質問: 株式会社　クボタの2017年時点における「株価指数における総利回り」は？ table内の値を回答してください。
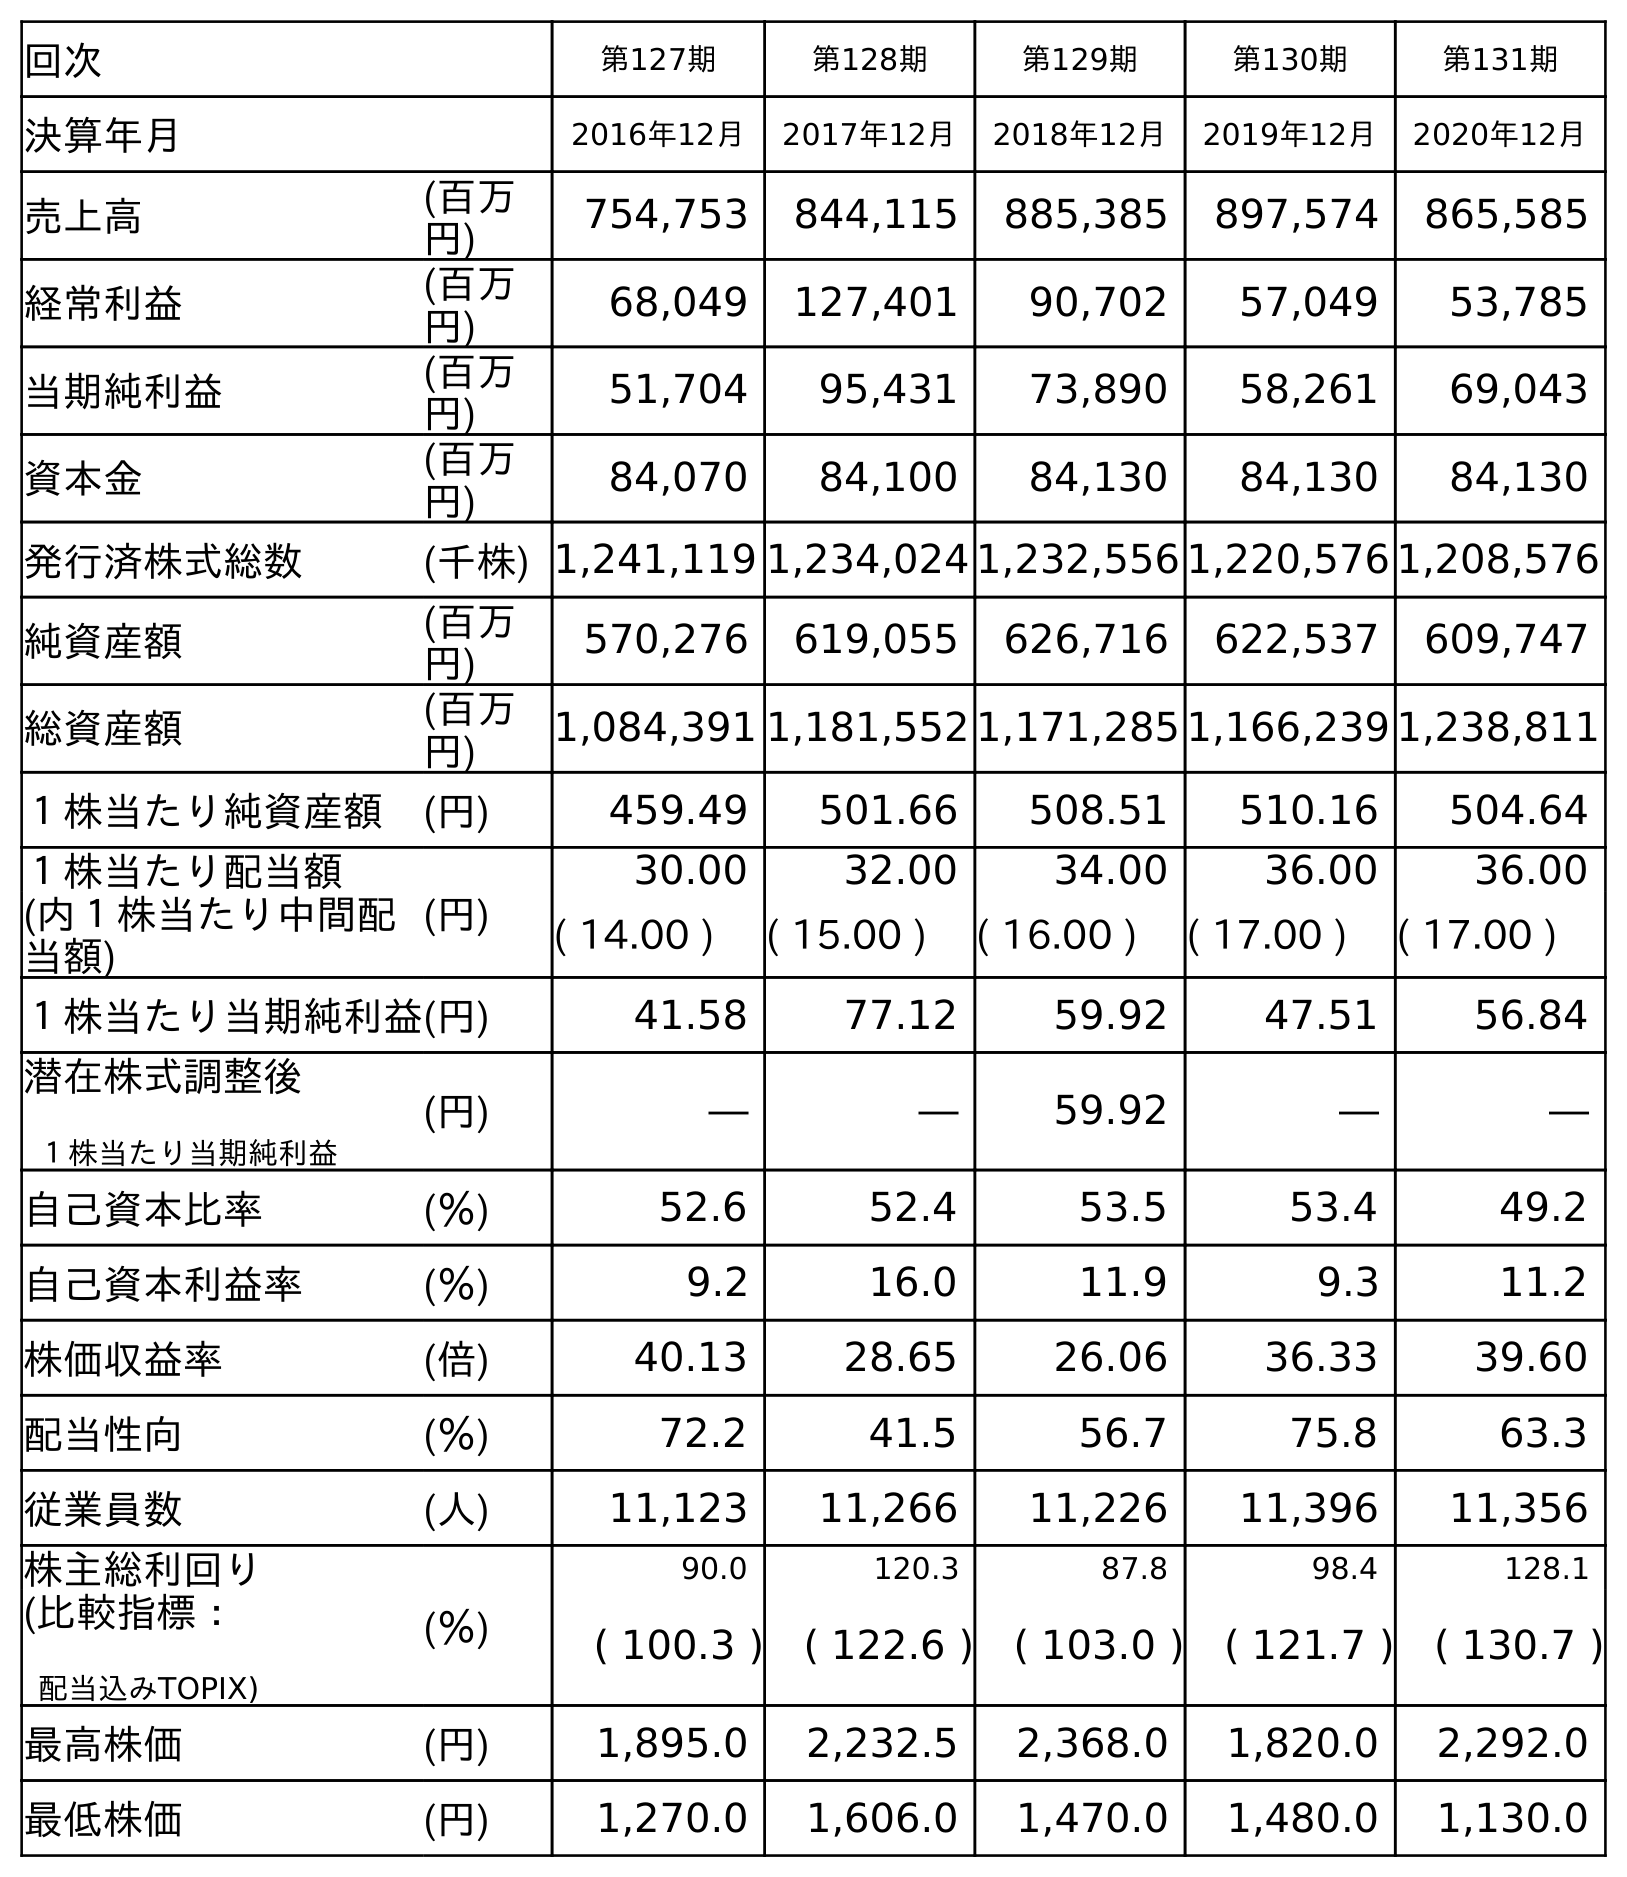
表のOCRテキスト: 回次 第127期 第128期 第129期 第130期 第131期 決算年月 2016年12月 2017年12月 2018年12月 2019年12月 2020年12月 売上高 (百万 円) 754,753 844,115 885,385 897,574 865,585 経常利益 (百万 円) 68,049 127,401 90,702 57,049 53,785 当期純利益 (百万 円) 51,704 95,431 73,890 58,261 69,043 資本金 (百万 円) 84,070 84,100 84,130 84,130 84,130 発行済株式総数 (千株) 1,241,119 1,234,024 1,232,556 1,220,576 1,208,576 純資産額 (百万 円) 570,276 619,055 626,716 622,537 609,747 総資産額 (百万 円) 1,084,391 1,181,552 1,171,285 1,166,239 1,238,811 １株当たり純資産額 (円) 459.49 501.66 508.51 510.16 504.64 １株当たり配当額 (円) 30.00 32.00 34.00 36.00 36.00 (内１株当たり中間配 当額) ( 14.00 ) ( 15.00 ) ( 16.00 ) ( 17.00 ) ( 17.00 ) １株当たり当期純利益(円) 41.58 77.12 59.92 47.51 56.84 潜在株式調整後 １株当たり当期純利益 (円) ― ― 59.92 ― ― 自己資本比率 (％) 52.6 52.4 53.5 53.4 49.2 自己資本利益率 (％) 9.2 16.0 11.9 9.3 11.2 株価収益率 (倍) 40.13 28.65 26.06 36.33 39.60 配当性向 (％) 72.2 41.5 56.7 75.8 63.3 従業員数 (人) 11,123 11,266 11,226 11,396 11,356 株主総利回り (％) 90.0 120.3 87.8 98.4 128.1 (比較指標： 配当込みTOPIX) ( 100.3 ) ( 122.6 ) ( 103.0 ) ( 121.7 ) ( 130.7 ) 最高株価 (円) 1,895.0 2,232.5 2,368.0 1,820.0 2,292.0 最低株価 (円) 1,270.0 1,606.0 1,470.0 1,480.0 1,130.0
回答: (122.6)